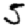
Digit: 5